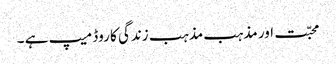
محبّت اور مذہب مذہب زندگی کا روڈ میپ ہے ۔